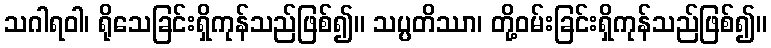
သဂါရဝါ၊ ရိုသေခြင်းရှိကုန်သည်ဖြစ်၍။ သပ္ပတိဿာ၊ တို့ဝမ်းခြင်းရှိကုန်သည်ဖြစ်၍။